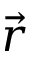
\vec { r }